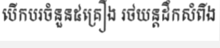
បើកបរចំនួន៥គ្រឿង រថយន្តដឹកសំពីង